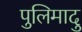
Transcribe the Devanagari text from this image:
पुलिमादु